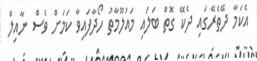
އެކަމާ ދޭތެރޭގައި ދެކޭ ގޮތް ބަލައި މައުލޫމާތު ހޯދާފައިވާ ކަމަށް ވެސް ނާއިލް